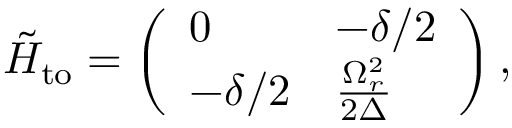
\tilde { H } _ { \mathrm { t o } } = \left( \begin{array} { l l } { 0 } & { - \delta / 2 } \\ { - \delta / 2 } & { \frac { \Omega _ { r } ^ { 2 } } { 2 \Delta } } \end{array} \right) ,